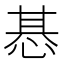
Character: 惎